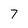
Character: 7